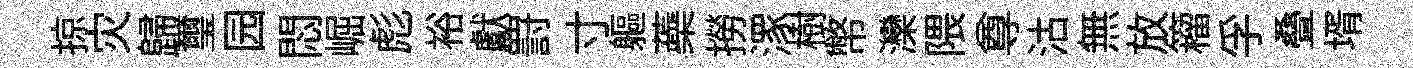
掠灾歸璽园悶崛彪裕獻罸寸軀蘃撈潈樹幣灤隈尊沽無放籕孚叠壻